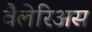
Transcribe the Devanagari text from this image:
वैलेरिअस